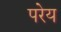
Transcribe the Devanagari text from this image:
परेय